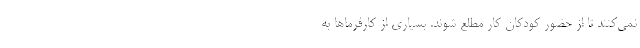
نمی‌کنند تا از حضور کودکان کار مطلع شوند. بسیاری از کارفرماها به‌